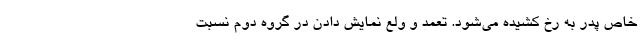
خاص پدر به رخ کشیده می‌شود. تعمد و ولع نمایش دادن در گروه دوم نسبت